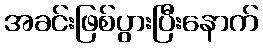
အခင်းဖြစ်ပွားပြီးနောက်